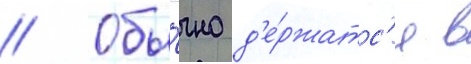
// Обы́чно д'е́ржатс'я в